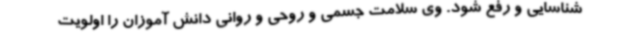
شناسایی و رفع شود. وی سلامت جسمی و روحی و روانی دانش آموزان را اولویت